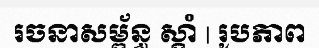
រចនាសម្ព័ន្ធ ស្តាំ | រូបភាព